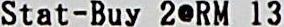
STAT-BUY 2@RM 13